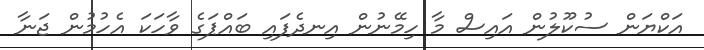
އަކްޔަން ސުކޫލުން އައިސް މާ ހިމޭނުން އިނދެފައި ބައްޕަގެ ވާހަކަ އެހުމުން ޖަނާ